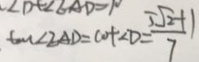
\tan \angle E A D = \cot \angle D = \frac { 5 \sqrt { 2 } + 1 } { 7 }